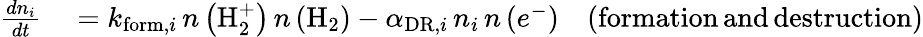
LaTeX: \begin{array}{rlr}{\frac{dn_{i}}{dt}}&{{}=k_{\mathrm{form},i}\, n\left(\mathrm{H_{2}^{+}}\right)\, n\left(\mathrm{H}_{2}\right)-\alpha_{\mathrm{DR},i}\, n_{i}\, n\left(e^{-}\right)}&{\mathrm{(formation\, and\, destruction)}}\end{array}